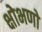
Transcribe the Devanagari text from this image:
क्षोभणो